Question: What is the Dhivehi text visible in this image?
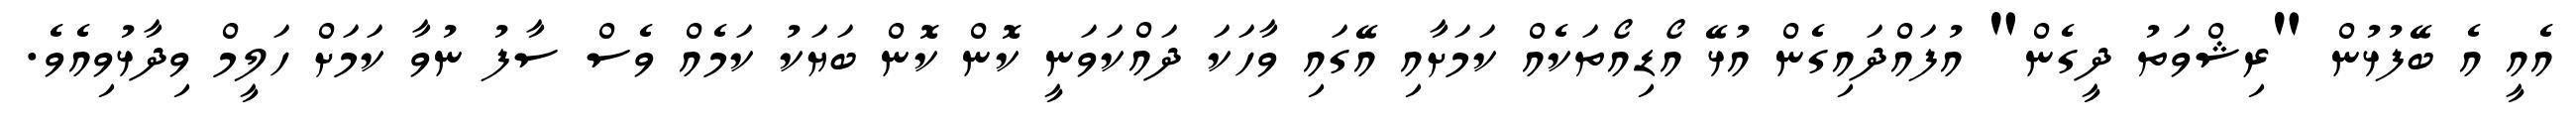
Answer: އެއީ އެ ބޭފުޅުން "ރިޝްވަތު ދީގެން" އުފައްދައިގެން އުޅޭ އޯޑިއޯތަކެއް ކަމަށާއި އޭގައި ވާހަކަ ދައްކަވަނީ ކޮން ކޮން ބަޔަކު ކަމެއް ވެސް ސާފު ނުވާ ކަމަށް ހަލީމް ވިދާޅުވިއެވެ.